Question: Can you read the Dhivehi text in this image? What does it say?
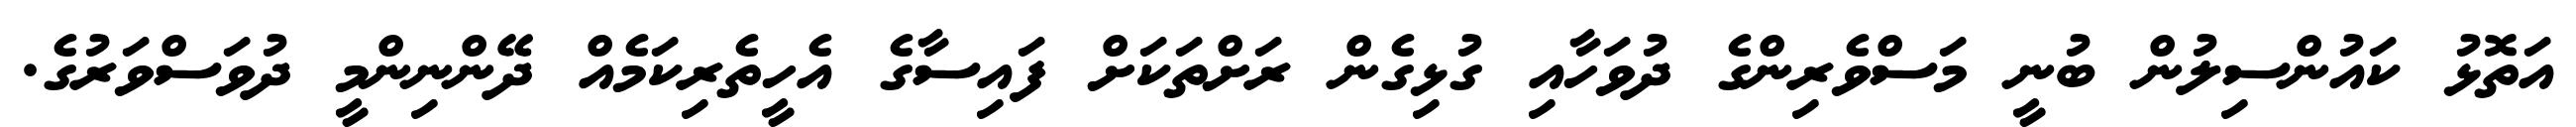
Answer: އަތޮޅު ކައުންސިލުން ބުނީ މަސްވެރިންގެ ދުވަހާއި ގުޅިގެން ރަށްތަކަށް ފައިސާގެ އެހީތެރިކަމެއް ދޭންނިންމީ ދުވަސްވަރުގެ.